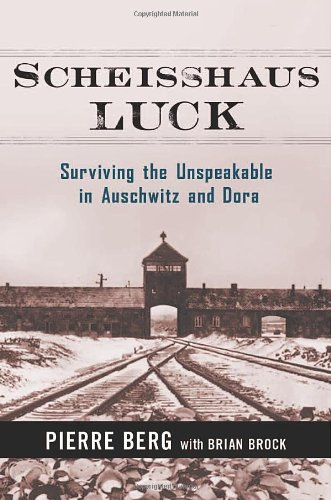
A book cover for Scheisshaus Luck: Surviving the Unspeakable in Auschwitz and Dora; Pierre Berg; Biographies & Memoirs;